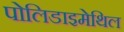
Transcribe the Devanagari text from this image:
पोलिडाइमेथिल